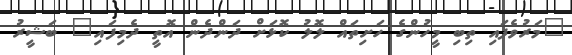
"މަރުވެފައި ތިބި މީހުންގެ ހަށިތައް ލޮލު ކޮޅަށް ދަންދެން އޮތީ ދެމިފައި" ބަޝީރު